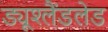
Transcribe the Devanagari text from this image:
ड्यूश्लैंडलेड